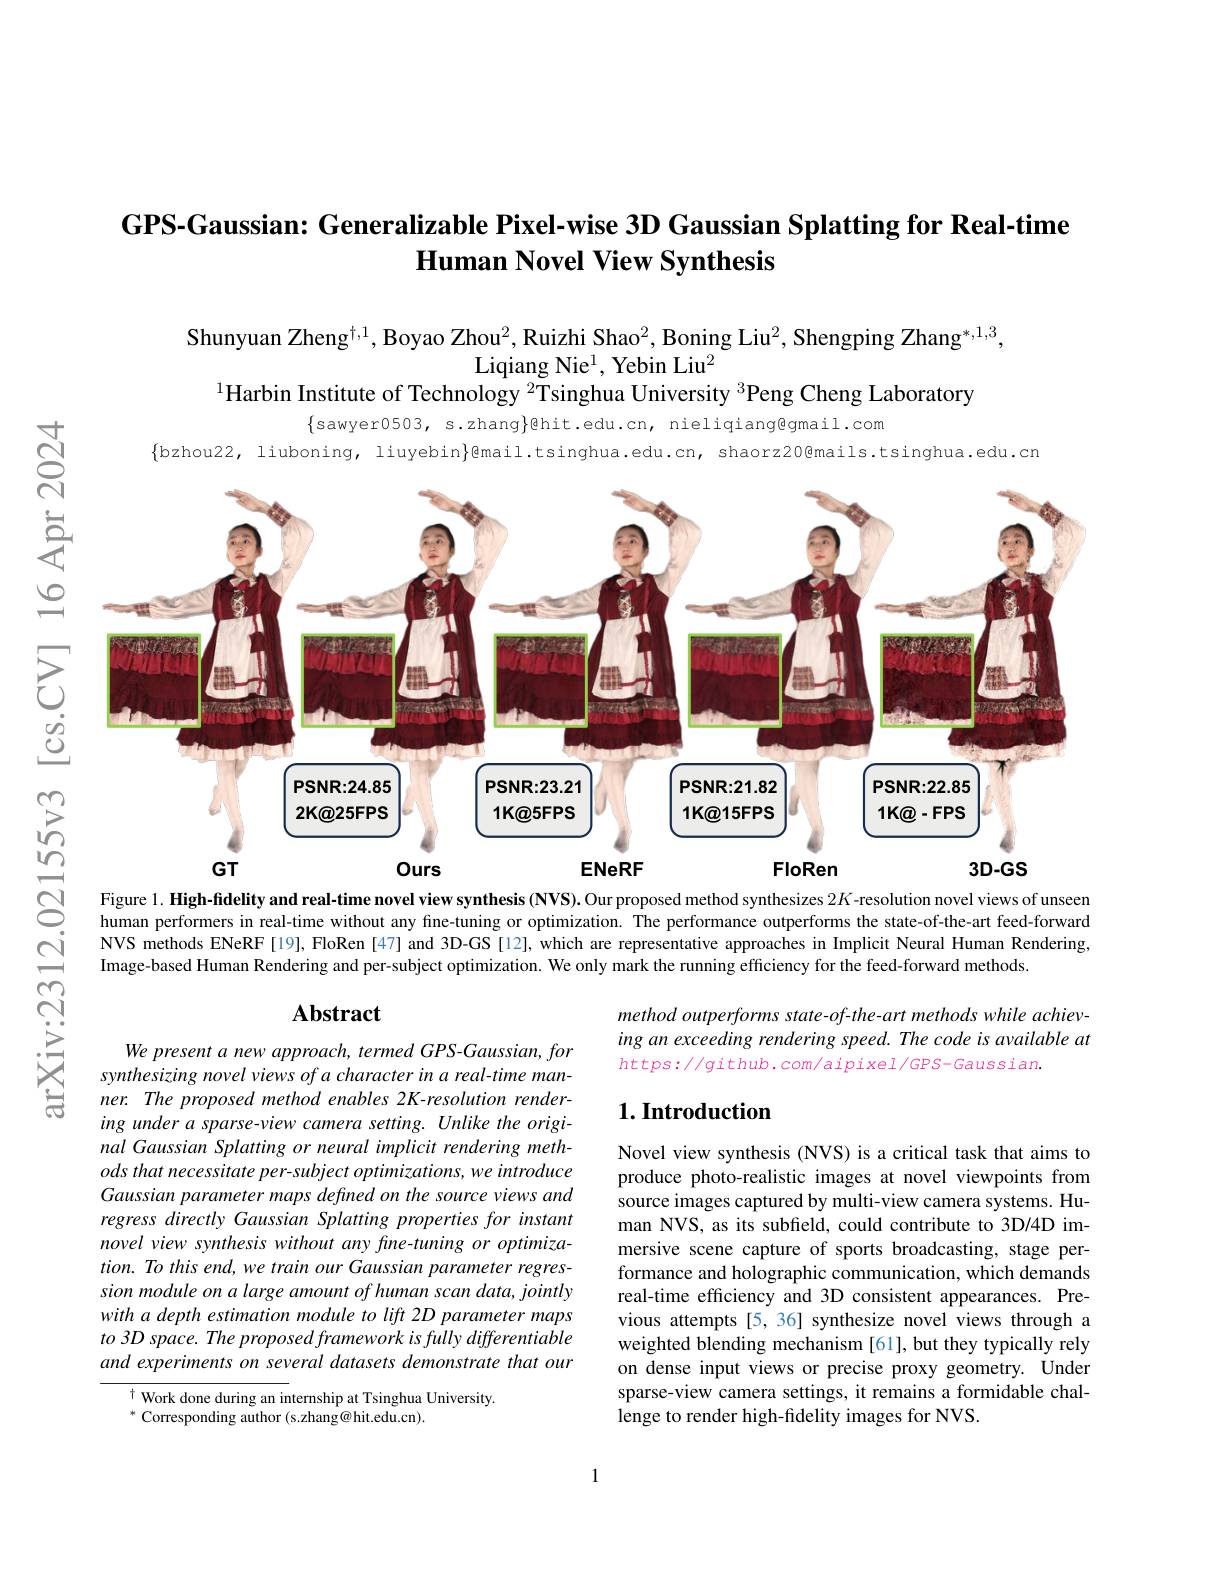
### GPS-Gaussian: Generalizable Pixel-wise 3D Gaussian Splatting for Real-time Human Novel View Synthesis

Shunyuan Zheng$^{\dagger,1}$, Boyao Zhou$^2$, Ruizhi Shao$^2$, Boning Liu$^2$, Shengping Zhang$^{*,1,3}$,
Liqiang Nie$^1$, Yebin Liu$^2$
$^{1}$Harbin Institute of Technology $^{2}$Tsinghua University $^{3}$Peng Cheng Laboratory

$\{$sawyer0503, s.zhang$\}$@hit.edu.cn, nieliqiang@gmail.com
$\{$bzhou22, liuboning, liuyebin}@mail.tsinghua.edu.cn, shaorz20@mails.tsinghua.edu.cn

$ন্ন$

$ഇ$

享
<FigureHere>

$উত্তু$

Figure 1. High-fidelity and real-time novel view synthesis (NVS). Our proposed method synthesizes $2K$ -resolution novel views of unseen human performers in real-time without any fine-tuning or optimization. The performance outperforms the state-of-the-art feed-forward

ing under a sparse-view camera setting. Unlike the original Gaussian Splatting or neural implicit rendering methods that necessitate per-subject optimizations, we introduce Gaussian parameter maps defined on the source views and regress directly Gaussian Splatting properties for instant novel view synthesis without any fine-tuning or optimization. To this end, we train our Gaussian parameter regression module on a large amount of human scan data, jointly with a depth estimation module to lift 2D parameter maps to 3D space. The proposed framework is fully differentiable and experiments on several datasets demonstrate that our

Novel view synthesis (NVS) is a critical task that aims to produce photo-realistic images at novel viewpoints from source images captured by multi-view camera systems. Human NVS, as its subfeld, could contribute to 3D/4D immersive scene capture of sports broadcasting, stage performance and holographic communication, which demands real-time efficiency and 3D consistent appearances. Previous attempts [5,36] synthesize novel views through a weighted blending mechanism [61], but they typically rely on dense input views or precise proxy geometry. Under sparse-view camera settings, it remains a formidable challenge to render high-fidelity images for NVS.

$^{\dagger}$ Work done during an internship at Tsinghua University.
$^{*}$ Corresponding author (s.zhang@hit.edu.cn).

1